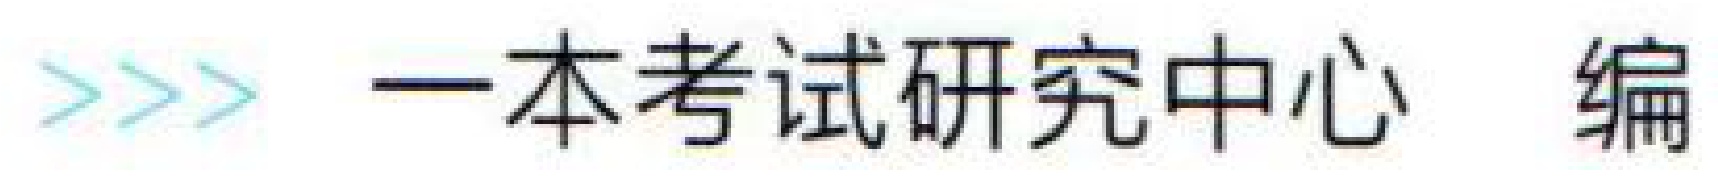
\textgreater\textgreater\textgreater 一本考试研究中心 编